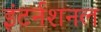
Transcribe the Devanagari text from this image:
इंटर्नशनल